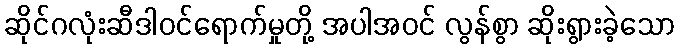
ဆိုင်ဂလုံးဆီဒါဝင်ရောက်မှုတို့ အပါအဝင် လွန်စွာ ဆိုးရွားခဲ့သော